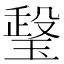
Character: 𤧧